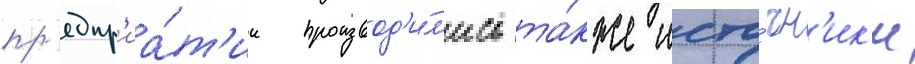
пр'едпр'иа́т'ии производ'и́л'ись та́кже исто́чн'ик'и